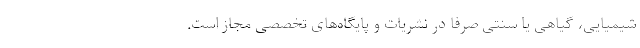
شیمیایی، گیاهی یا سنتی صرفا در نشریات و پایگاه‌های تخصصی مجاز است.